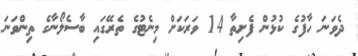
ދެވަނަ ހާފުގެ ކުޅުން ފެށިތާ 14 ވަރަކަށް މިނެޓުގެ ތެރޭގައި ބާސެލޯނާގެ ތިންވަނަ